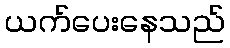
ယက်ပေးနေသည်